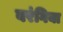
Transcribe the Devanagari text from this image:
बरंगिया